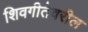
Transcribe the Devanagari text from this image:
शिवगीतेवरील